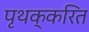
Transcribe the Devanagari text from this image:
पृथक्करित